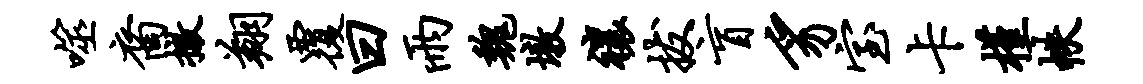
噬裔撤翔覆曰雨魏墩禳拔盲豸室卡槿帙